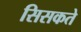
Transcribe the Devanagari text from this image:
सिसकते